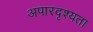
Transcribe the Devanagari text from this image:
अपारदृश्यता